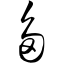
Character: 刍